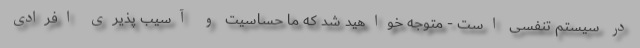
در سیستم تنفسی است - متوجه خواهید شد که ما حساسیت و آسیب پذیری افرادی